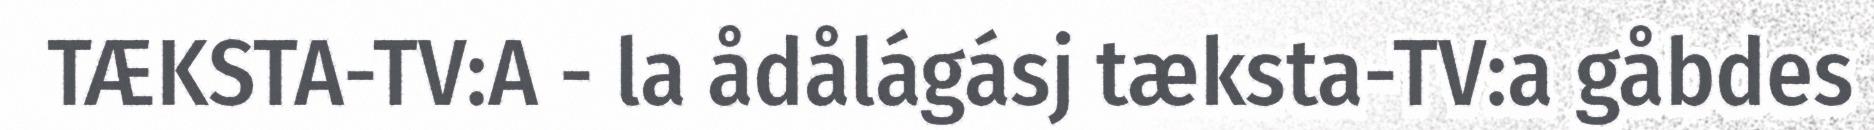
TÆKSTA-TV:A - la ådålágásj tæksta-TV:a gåbdes